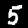
Label: 5